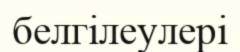
белгілеулері